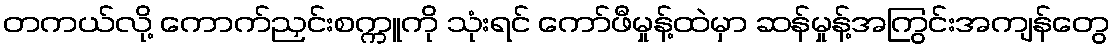
တကယ်လို့ ကောက်ညှင်းစက္ကူကို သုံးရင် ကော်ဖီမှုန့်ထဲမှာ ဆန်မှုန့်အကြွင်းအကျန်တွေ